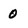
Character: 0